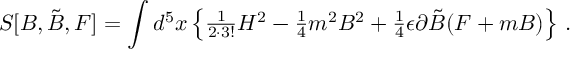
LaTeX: S [ B , \tilde { B } , F ] = \int d ^ { 5 } x \left\{ { \textstyle \frac { 1 } { 2 \cdot 3 ! } } H ^ { 2 } - { \textstyle \frac { 1 } { 4 } } m ^ { 2 } B ^ { 2 } + { \textstyle \frac { 1 } { 4 } } \epsilon \partial \tilde { B } ( F + m B ) \right\} \, .